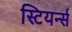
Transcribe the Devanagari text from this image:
स्टियर्न्स